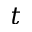
t